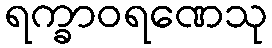
ရက္ခာဝရဏေသု